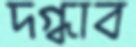
দগ্ধাব